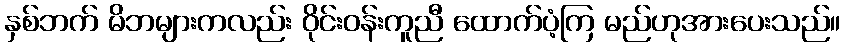
နှစ်ဘက် မိဘများကလည်း ဝိုင်းဝန်းကူညီ ထောက်ပံ့ကြ မည်ဟုအားပေးသည်။